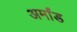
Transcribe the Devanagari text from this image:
अर्मांड